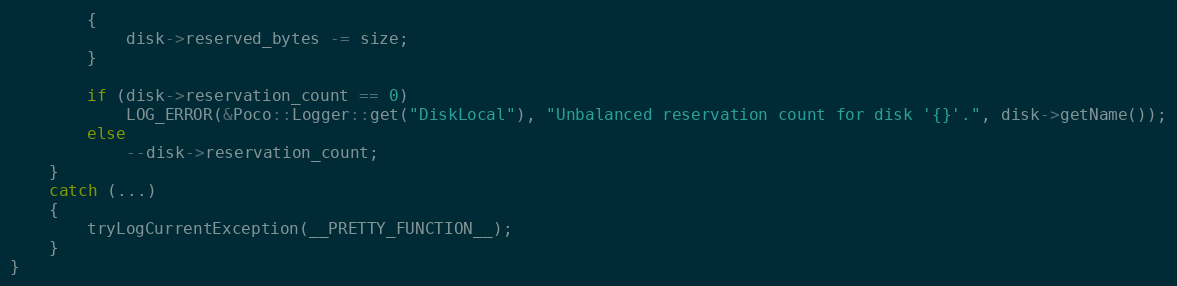
Language: C++
        {
            disk->reserved_bytes -= size;
        }

        if (disk->reservation_count == 0)
            LOG_ERROR(&Poco::Logger::get("DiskLocal"), "Unbalanced reservation count for disk '{}'.", disk->getName());
        else
            --disk->reservation_count;
    }
    catch (...)
    {
        tryLogCurrentException(__PRETTY_FUNCTION__);
    }
}